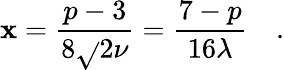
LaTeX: \mathbf{x}=\frac{{p-3}}{{8\sqrt{}{{2}}\nu}}=\frac{{7-p}}{{16\lambda}}\quad.